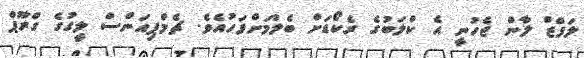
ލަފްޒް ލާން ޖެހުނީ އެ ކްލަބުގެ ރެކޯޑަށް ބެލުމަށްފަހުއެވެ. ޗެމްޕިއަންސް ލީގުގެ ގްރޫޕް